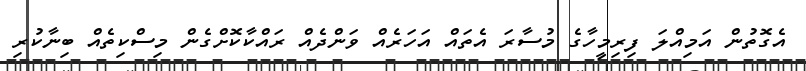
އެގޮތުން އަމިއްލަ ފިރިމީހާގެ މުސާރަ އެތައް އަހަރެއް ވަންދެއް ރައްކާކޮށްގެން މިސްކިތެއް ބިނާކުރި